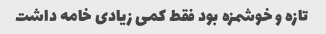
تازه و خوشمزه بود فقط کمی زیادی خامه داشت